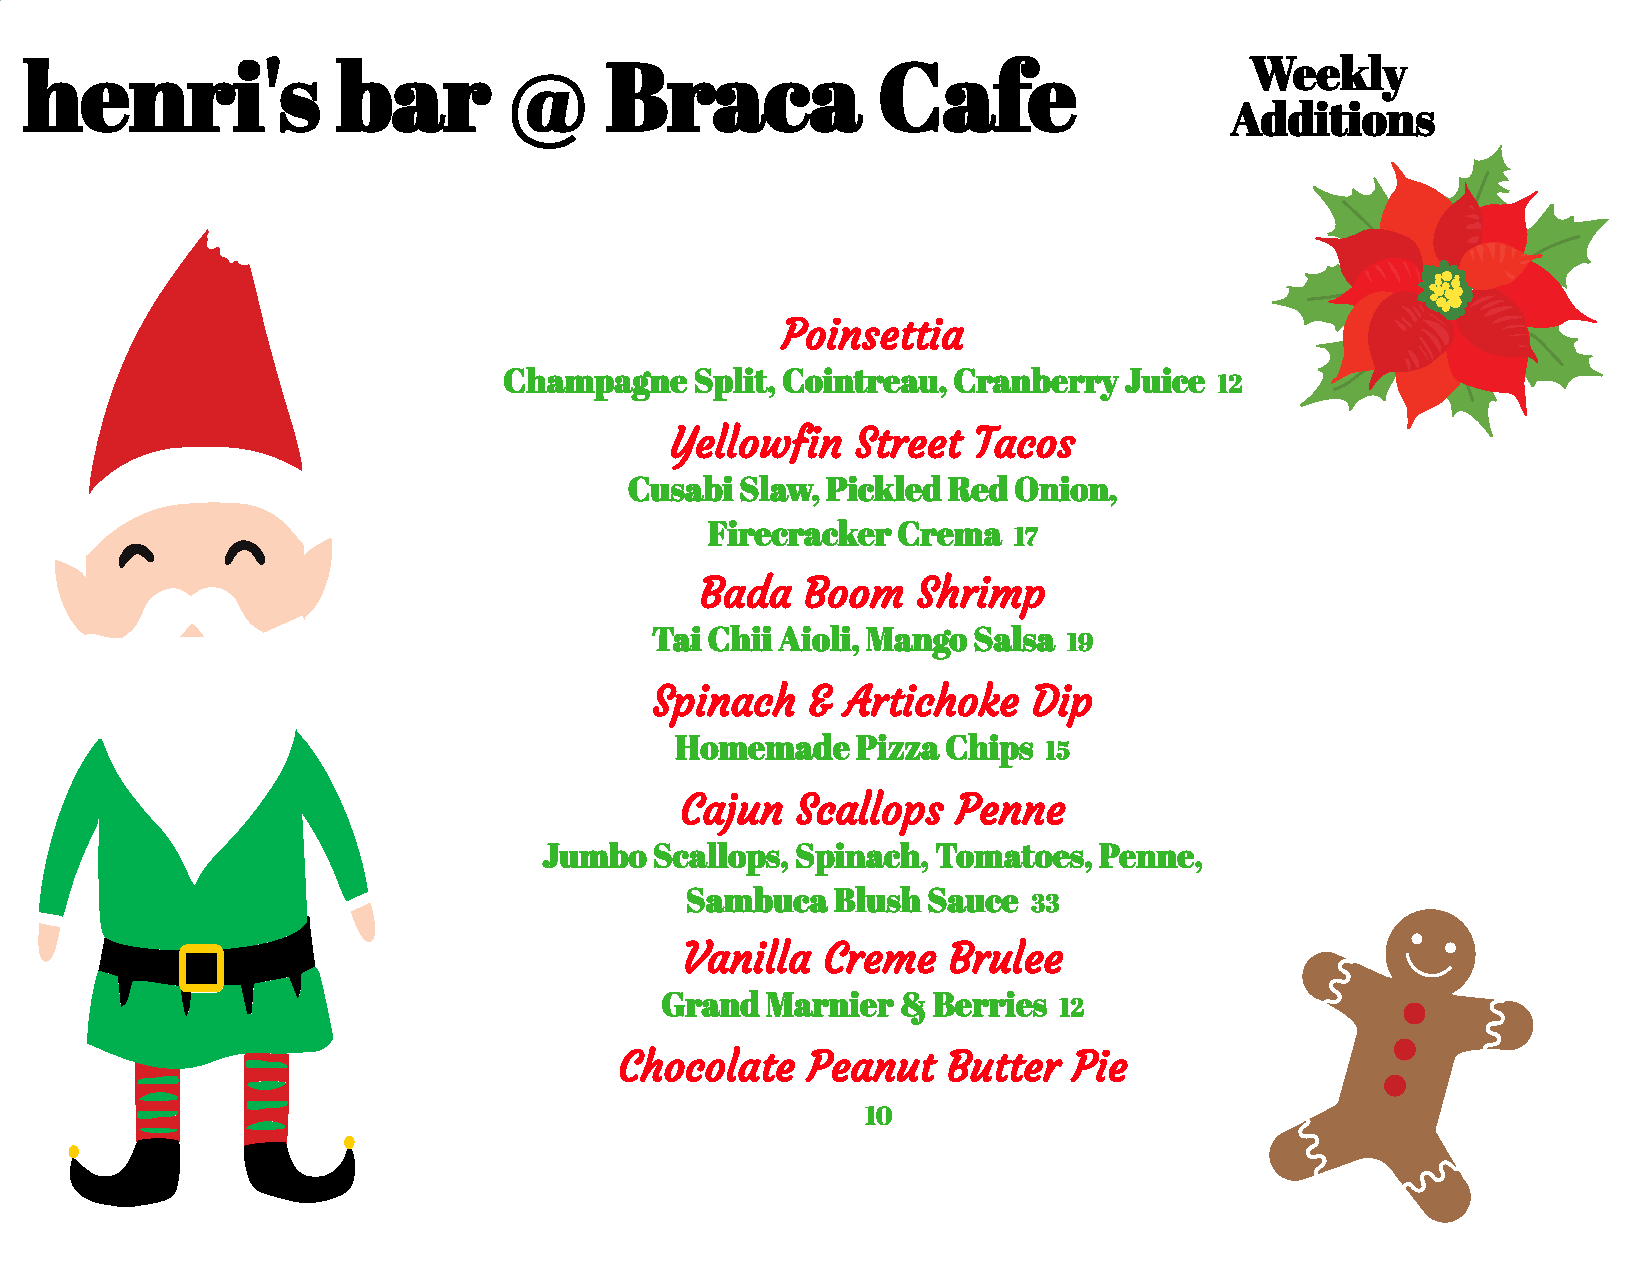
Weekly
 henri's              bar        @      Braca             Cafe
 Additions
 Poinsettia
 Champagne    Split, Cointreau, Cranberry Juice  12
 Yellowfin    Street Tacos
 Cusabi  Slaw, Pickled Red Onion,
 Firecracker Crema   17
 Bada   Boom    Shrimp
 Tai Chii Aioli, Mango Salsa 19
 Spinach   &  Artichoke   Dip
 Homemade    Pizza Chips 15
 Cajun   Scallops  Penne
 Jumbo  Scallops, Spinach, Tomatoes,  Penne,
 Sambuca   Blush Sauce  33
 Vanilla  Creme    Brulee
 Grand  Marnier &  Berries 12
 Chocolate   Peanut    Butter  Pie
 10